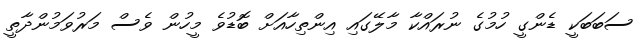
ސަބަބަކީ ޑެންގީ ހުމުގެ ނުރައްކާ މާލޭގައި އިންތިހާއަށް ބޮޑުވެ މީހުން ވެސް މަރުވަމުންދާތީ